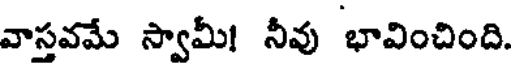
వాస్తవమే స్వామీ! నీవు భావించింది.